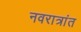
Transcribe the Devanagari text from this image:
नवरात्रांत